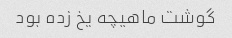
گوشت ماهیچه یخ زده بود